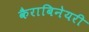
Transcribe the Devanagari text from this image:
कैराबिनेयरी